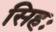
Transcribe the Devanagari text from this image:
सिहः